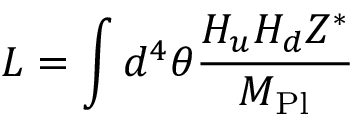
{ \cal L } = \int d ^ { 4 } \theta { \frac { H _ { u } H _ { d } Z ^ { * } } { M _ { \mathrm { P l } } } }